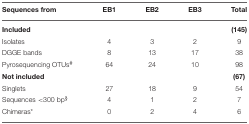
<table><thead><tr><td><b>Sequences from</b></td><td><b>EB1</b></td><td><b>EB2</b></td><td><b>EB3</b></td><td><b>Total</b></td></tr></thead><tbody><tr><td><b>Included</b></td><td></td><td></td><td></td><td><b>(145)</b></td></tr><tr><td>Isolates</td><td>4</td><td>3</td><td>2</td><td>9</td></tr><tr><td>DGGE bands</td><td>8</td><td>13</td><td>17</td><td>38</td></tr><tr><td>Pyrosequencing OTUs<sup>#</sup></td><td>64</td><td>24</td><td>10</td><td>98</td></tr><tr><td><b>Not included</b></td><td></td><td></td><td></td><td><b>(67)</b></td></tr><tr><td>Singlets</td><td>27</td><td>18</td><td>9</td><td>54</td></tr><tr><td>Sequences &lt;300 bp<sup>§</sup></td><td>4</td><td>1</td><td>2</td><td>7</td></tr><tr><td>Chimeras<sup>*</sup></td><td>0</td><td>2</td><td>4</td><td>6</td></tr></tbody></table>